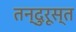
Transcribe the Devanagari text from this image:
तन्दुरूस्त